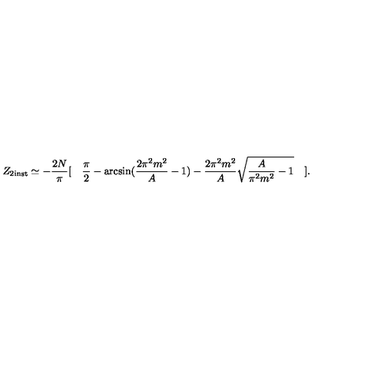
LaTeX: Z _ { 2 \mathrm { i n s t } } \simeq - \frac { 2 N } { \pi } [ \quad \frac { \pi } { 2 } - \arcsin ( \frac { 2 \pi ^ { 2 } m ^ { 2 } } { A } - 1 ) - \frac { 2 \pi ^ { 2 } m ^ { 2 } } { A } \sqrt { \frac { A } { \pi ^ { 2 } m ^ { 2 } } - 1 } \quad ] .